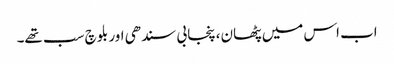
اب اس میں پٹھان، پنجابی سندھی اور بلوچ سب تھے۔